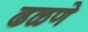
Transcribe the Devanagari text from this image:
ढळणे